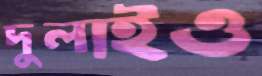
দুলাইও